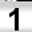
Digit: 1